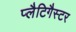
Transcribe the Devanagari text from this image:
प्लैटिगैस्टर